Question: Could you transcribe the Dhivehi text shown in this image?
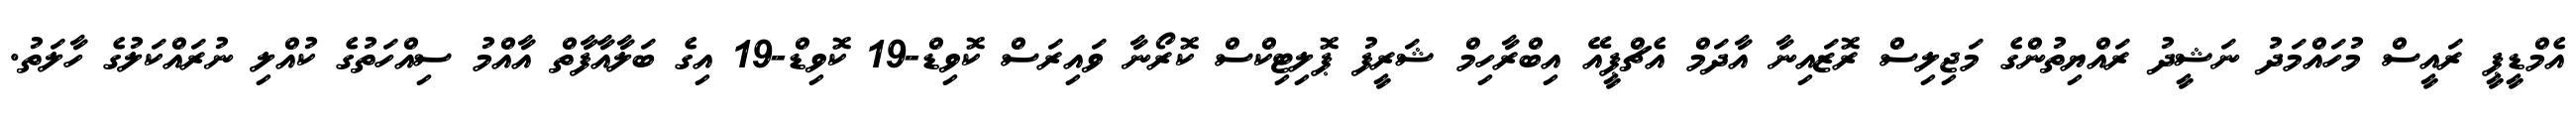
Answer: އެމްޑީޕީ ރައީސް މުހައްމަދު ނަޝީދު ރައްޔިތުންގެ މަޖިލިސް ރޮޒައިނާ އާދަމް އެޗްޕީއޭ އިބްރާހިމް ޝަރީފު ޕޮލިޓިކްސް ކޮރޯނާ ވައިރަސް ކޮވިޑް-19 ކޮވިޑް-19 އިގެ ބަލާއާފާތް އާއްމު ސިއްހަތުގެ ކުއްލި ނުރައްކަލުގެ ހާލަތު.